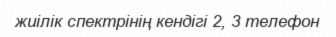
жиілік спектрінің кендігі 2, 3 телефон